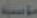
مناسب